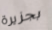
بجزيرة